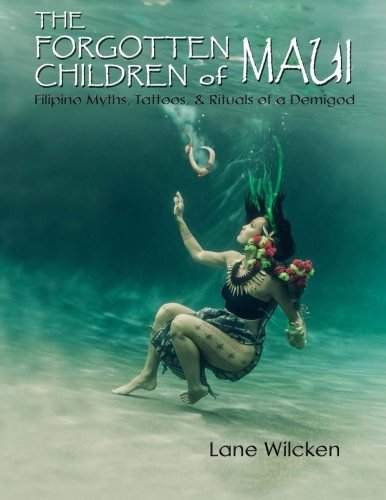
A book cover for The Forgotten Children of Maui: Filipino Myths, Tattoos, and Rituals of a Demigod; Lane Wilcken; History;